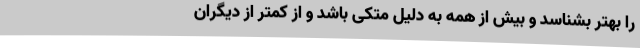
را بهتر بشناسد و بیش از همه به دلیل متکی باشد و از کمتر از دیگران